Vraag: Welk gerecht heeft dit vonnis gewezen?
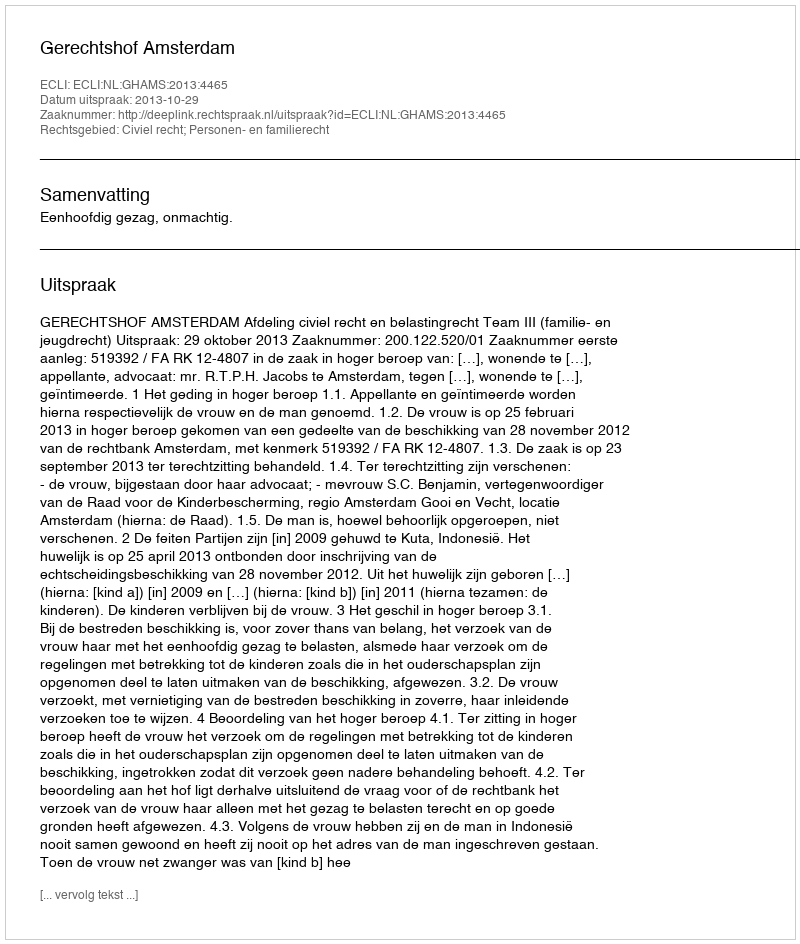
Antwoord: Gerechtshof Amsterdam